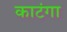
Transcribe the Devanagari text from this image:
काटंगा